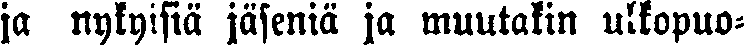
ja nykyisiä jäseniä ja muutakin ulkopuo-